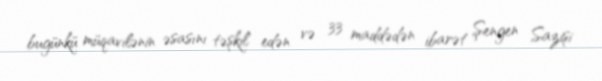
bugünkü müqavilənin əsasını təşkil edən və 33 maddədən ibarət Şengen Sazişi